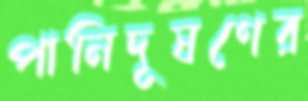
পানিদূষণের